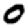
Digit: 0